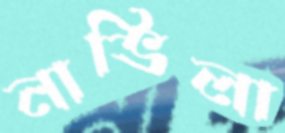
নাভিলা